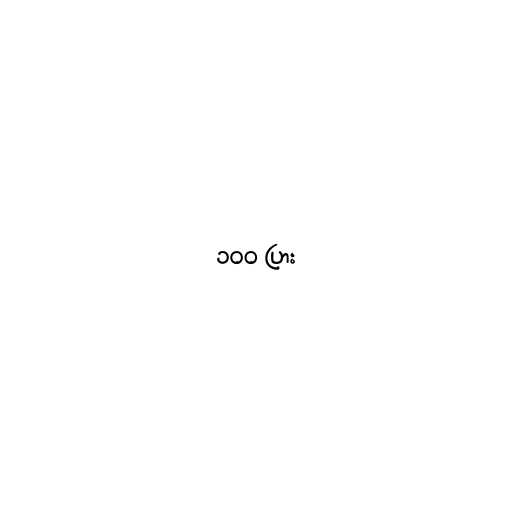
၁၀၀ ပြား